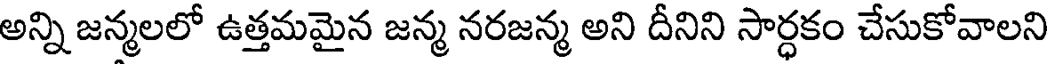
అన్ని జన్మలలో ఉత్తమమైన జన్మ నరజన్మ అని దీనిని సార్ధకం చేసుకోవాలని